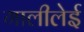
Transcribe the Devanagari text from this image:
गालीलेई